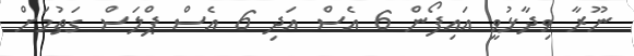
ނޫރާ ވިދާޅުވީ އައިފޯން 6 އެސް އަދި 6 އެސް ޕްލަސް ގަތުމަށް